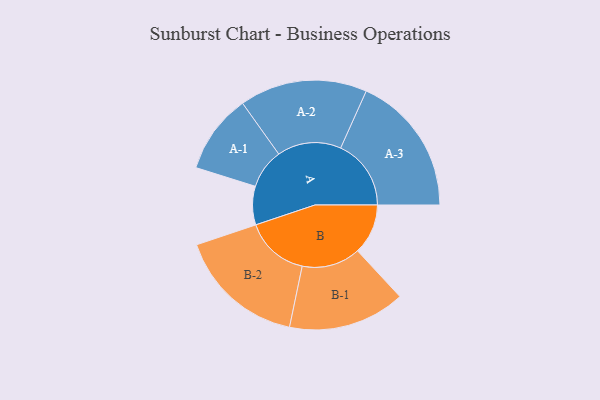
{"axis": {"x": "Segment", "y": "Value"}, "legend": ["", "A", "B"], "data": [{"x": "A", "y": 158, "type": ""}, {"x": "B", "y": 207, "type": ""}, {"x": "A-1", "y": 163, "type": "A"}, {"x": "A-2", "y": 262, "type": "A"}, {"x": "A-3", "y": 289, "type": "A"}, {"x": "B-1", "y": 240, "type": "B"}, {"x": "B-2", "y": 262, "type": "B"}]}